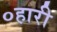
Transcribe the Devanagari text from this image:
०हारी